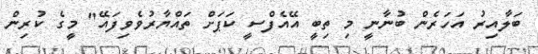
ބަލާއިރު އަހަރެން ބުނާނީ މި ތިބީ އޭއެފްސީ ކަޕަށް ތައްޔާރުވެވިފައޭ" މީގެ ކުރިން